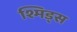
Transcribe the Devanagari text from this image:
श्मिड्स